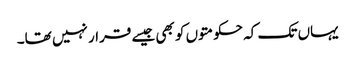
یہاں تک کہ حکومتوں کو بھی جیسے قرار نہیں تھا۔